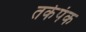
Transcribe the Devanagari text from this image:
तर्कपंक